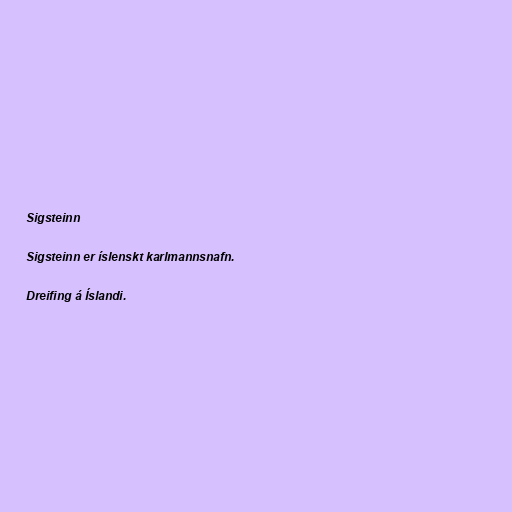
Sigsteinn

Sigsteinn er íslenskt karlmannsnafn.

Dreifing á Íslandi.